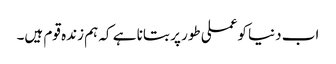
اب دنیا کوعملی طور پر بتانا ہے کہ ہم زندہ قوم ہیں۔